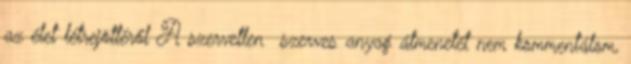
az élet létrejöttéről A szervetlen szerves anyag átmenetét nem kommentálom,